Vaccination in the Punjab 1905-1918 - 1905-1918
Year: 1905
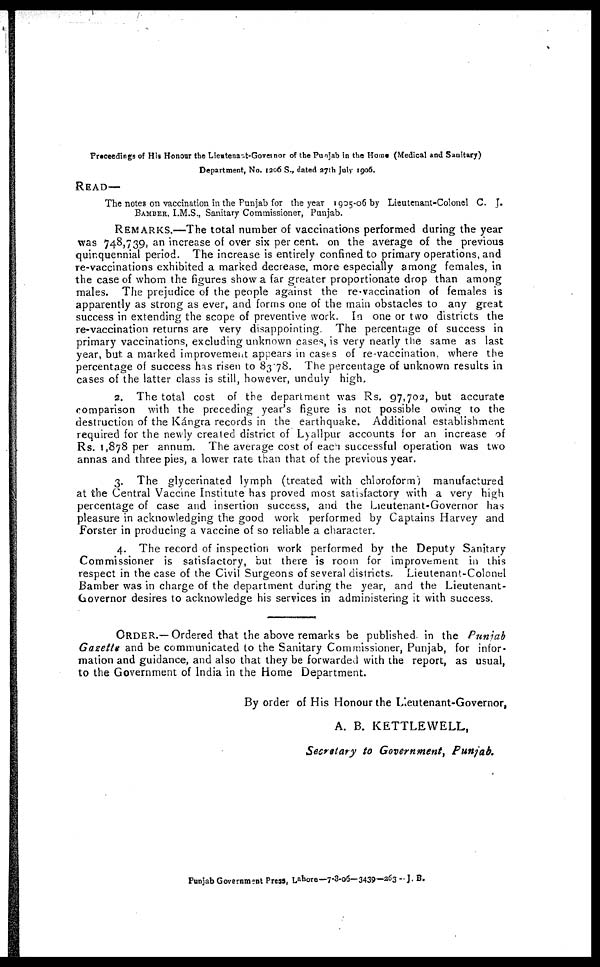
Proceedings of His Honour the Lieutenaut-Governor of the Punjab in the Home (Medical and Sanitary)
Department, No. 1206 S., dated 27th July 1906.
READ—
The notes on vaccination in the Punjab for the year 1905-06 by Lieutenant-Colonel C. J.
BAMBER. I.M.S., Sanitary Commissioner, Punjab.
REMARKS.—The total number of vaccinations performed during the year
was 748,739, an increase of over six per cent. on the average of the previous
quinquennial period. The increase is entirely confined to primary operations, and
re-vaccinations exhibited a marked decrease, more especially among females, in
the case of whom the figures show a far greater proportionate drop than among
males. The prejudice of the people against the re-vaccination of females is
apparently as strong as ever, and forms one of the main obstacles to any great
success in extending the scope of preventive work. In one or two districts the
re-vaccination returns are very disappointing. The percentage of success in
primary vaccinations, excluding unknown cases, is very nearly the same as last
year, but a marked improvement appears in cases of re-vaccination, where the
percentage of success has risen to 83.78. The percentage of unknown results in
cases of the latter class is still, however, unduly high.
2. The total cost of the department was Rs. 97,702, but accurate
comparison with the preceding year's figure is not possible owing to the
destruction of the Kángra records in the earthquake. Additional establishment
required for the newly created district of Lyallpur accounts for an increase of
Rs. 1,878 per annum. The average cost of each successful operation was two
annas and three pies, a lower rate than that of the previous year.
3. The glycerinated lymph (treated with chloroform) manufactured
at the Central Vaccine Institute has proved most satisfactory with a very high
percentage of case and insertion success, and the Lieutenant-Governor has
pleasure in acknowledging the good work performed by Captains Harvey and
Forster in producing a vaccine of so reliable a character.
4. The record of inspection work performed by the Deputy Sanitary
Commissioner is satisfactory, but there is room for improvement in this
respect in the case of the Civil Surgeons of several districts. Lieutenant-Colonel
Bamber was in charge of the department during the year, and the Lieutenant-
Governor desires to acknowledge his services in administering it with success.
ORDER.—Ordered that the above remarks be published in the Punjab
Gazette and be communicated to the Sanitary Commissioner, Punjab, for infor-
mation and guidance, and also that they be forwarded with the report, as usual,
to the Government of India in the Home Department.
By order of His Honour the Lieutenant-Governor,
A. B. KETTLEWELL,
Secrctary to Government,
Punjab.
Punjab Government Press, Lahore—7-3-05— 3439—263 - J. B.